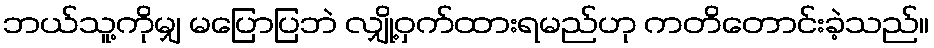
ဘယ်သူ့ကိုမျှ မပြောပြဘဲ လျှို့ဝှက်ထားရမည်ဟု ကတိတောင်းခဲ့သည်။